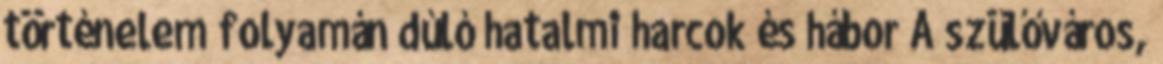
történelem folyamán dúló hatalmi harcok és hábor A szülőváros,